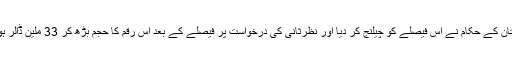
پاکستان کے حکام نے اس فیصلے کو چیلنج کر دیا اور نظرثانی کی درخواست پر فیصلے کے بعد اس رقم کا حجم بڑھ کر 33 ملین ڈالر ہو گیا۔